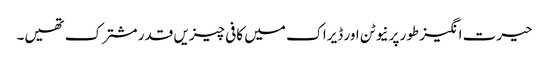
حیرت انگیز طور پر نیوٹن اور ڈیراک میں کافی چیزیں قدر مشترک تھیں۔